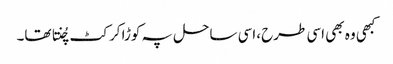
کبھی وہ بھی اسی طرح ،اسی ساحل پہ کوڑا کرکٹ چُنتا تھا۔